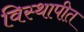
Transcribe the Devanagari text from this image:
विस्थापीत